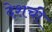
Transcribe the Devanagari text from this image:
देशची